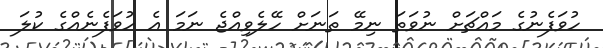
ހުވަފެނުގެ މައްޗަށް ނުވަތަ ނިމޭ ތަނަށް ހޭލެވިއްޖެ ނަމަ އެ ހުވަފެނެއްގެ ކުލަ